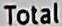
TOTAL